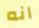
انه